French and German assistants in Scottish schools and training centres, 1936
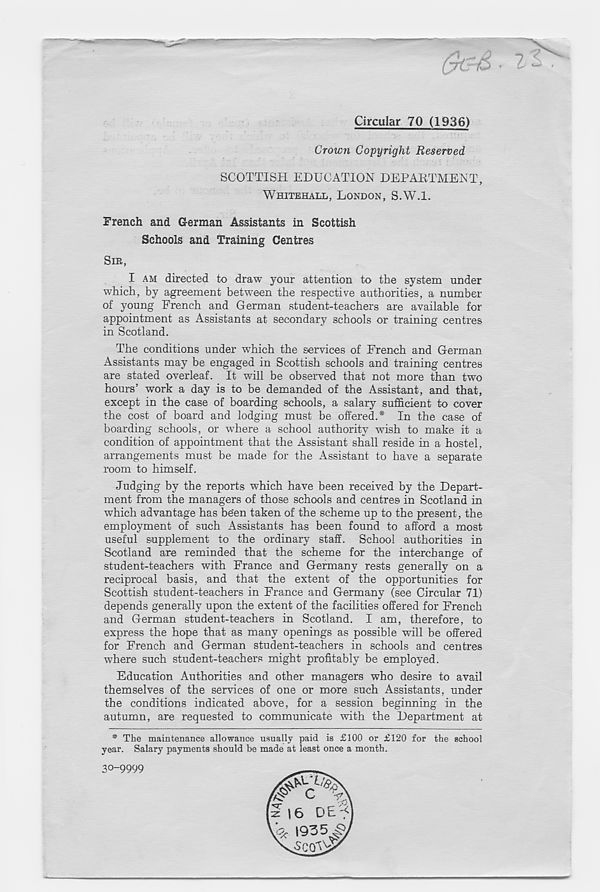
Circular 70 (1936)
Grown Copyright Reserved
SCOTTISH EDUCATION DEPARTMENT,
WHITEHALL, LONDON, S.W.l.
French and German Assistants in Scottish
Schools and Training Centres
SIR,
I AM directed to draw your attention to the system under
which, by agreement between the respective authorities, a number
of young French and German student-teachers are available for
appointment as Assistants at secondary schools or training centres
in Scotland.
The conditions under which the services of French and German
Assistants may be engaged in Scottish schools and training centres
are stated overleaf. It will be observed that not more than two
hours’ work a day is to be demanded of the Assistant, and that,
except in the case of boarding schools, a salary sufficient to cover
the cost of board and lodging must be offered.* In the case of
boarding schools, or where a school authority wish to make it a
condition of appointment that the Assistant shall reside in a hostel,
arrangements must be made for the Assistant to have a separate
room to himself.
Judging by the reports which have been received by the Depart-
ment from the managers of those schools and centres in Scotland in
which advantage has be'en taken of the scheme up to the present, the
employment of such Assistants has been found to afford a most
useful supplement to the ordinary staff. School authorities in
Scotland are reminded that the scheme for the interchange of
student-teachers with France and Germany rests generally on a
reciprocal basis, and that the extent of the opportunities for
Scottish student-teachers in France and Germany (see Circular 71)
depends generally upon the extent of the facilities offered for French
and German student-teachers in Scotland. I am, therefore, to
express the hope that as many openings as possible will be offered
for French and German student-teachers in schools and centres
where such student-teachers might profitably be employed.
Education Authorities and other managers who desire to avail
themselves of the services of one or more such Assistants, under
the conditions indicated above, for a session beginning in the
autumn, are requested to communicate with the Department at
* The maintenance allowance usually paid is £100 or £120 for the school
year. Salary payments should be made at least once a month.
30-9999